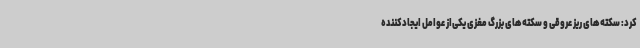
کرد: سکته‌های ریز عروقی و سکته‌های بزرگ مغزی یکی‌از عوامل ایجادکننده